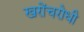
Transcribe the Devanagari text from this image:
खरोंचरोधी